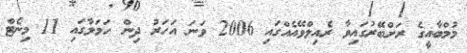
މުމްބާއީގެ ރަށްބޭރުގައިވާ ރެއިލްވޭއެއްގައި 2006 ވަނަ އަހަރު ދިން ހަމަލާގައި 11 މިނެޓް